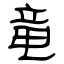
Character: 竜